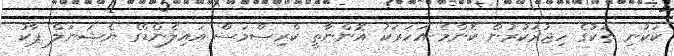
ކަކުނި ތަކުގެ ހިޖުރަކުރުން ކޮންމެ އަހަރަކު އޮންނާތީ ކްރިސްމަސް އައިލެންޑްގެ ނެޝަނަލް ޕާކު